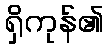
ရှိကုန်၏